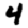
Digit: 4